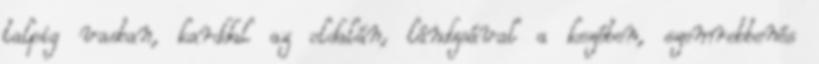
talpig vasban, karddal az oldalán, lándzsával a kezében, szemrebbenés